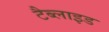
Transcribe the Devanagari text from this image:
टैब्लाइड